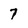
Character: 7